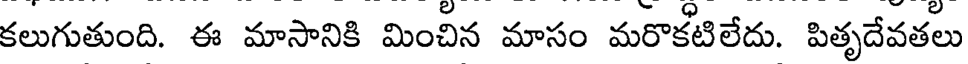
కలుగుతుంది. ఈ మాసానికి మించిన మాసం మరొకటిలేదు. పితృదేవతలు